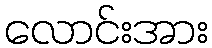
လောင်းအား